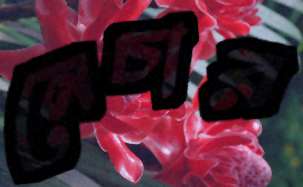
নেচার